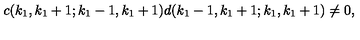
c ( k _ { 1 } , k _ { 1 } + 1 ; k _ { 1 } - 1 , k _ { 1 } + 1 ) d ( k _ { 1 } - 1 , k _ { 1 } + 1 ; k _ { 1 } , k _ { 1 } + 1 ) \neq 0 ,